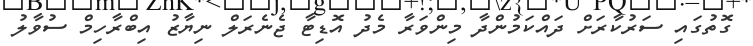
ގޮތުގައި ސަރުކާރަށް ދައްކަމުންދާ މިންވަރާ މެދު އޮޑިޓާ ޖެނެރަލް ނިޔާޒު އިބްރާހިމް ސުވާލު